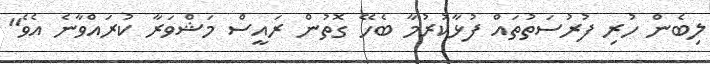
ލިބެން ހުރި ފުރުސަތުތައް ފުޅާކުރުމާ ބެހޭ ގޮތުން ރައީސް މަޝްވަރާ ކުރައްވާނެ އެވެ"